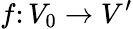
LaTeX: f\colon V_{0}\rightarrow V^{\prime}